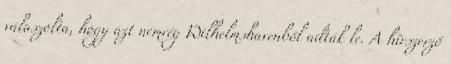
válaszolta, hogy azt nemrég Wilhelmshavenből adták le. A hírszerző